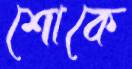
শোকে